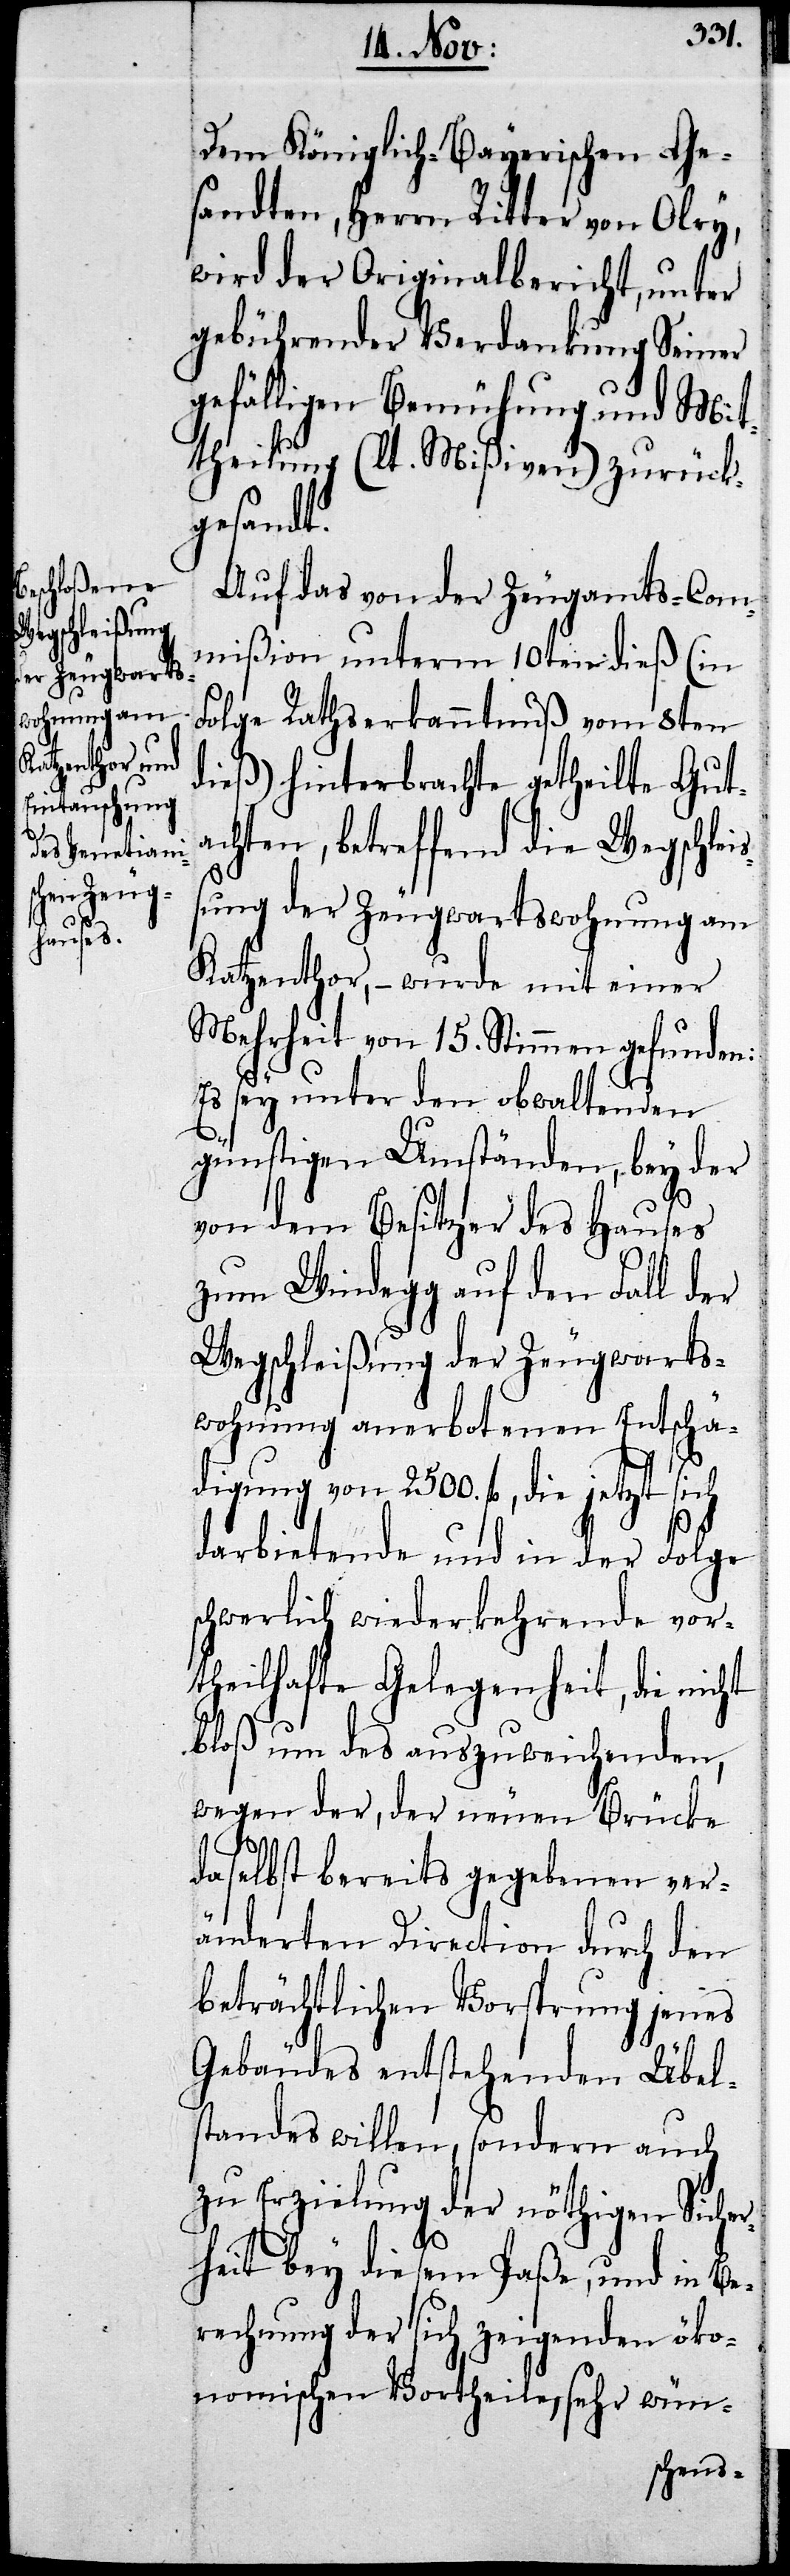
Dem Königlich-Bayerischen Ge¬
sandten, Herrn Ritter von Olry,
wird der Originalbericht, unter
gebührender Verdankung Seiner
gefälligen Bemühung und Mit¬
theilung (lt. Mißiven) zurück¬
gesandt.
Auf das von der Zeugamts-Com¬
mißion unterm 10ten dieß (in
Folge Rathserkanntnuß vom 8ten
dieß) hinterbrachte getheilte Gut¬
achten, betreffend die Wegschlei¬
ßung der Zeugwartswohnung am
Katzenthor, – wurde mit einer
Mehrheit von 15. Stimmen gefunden:
Es sey unter den obwaltenden
günstigen Umständen, bey der
von dem Besitzer des Hauses
zum Windegg auf den Fall der
Wegschleißung der Zeugwarts¬
wohnung anerbotenen Entschä¬
digung von 2500. fl., die jetzt sich
darbietende und in der Folge
schwerlich wiederkehrende vor¬
theilhafte Gelegenheit, die nicht
bloß um des auszuweichenden,
wegen der, der neuen Brücke
daselbst bereits gegebenen ver¬
änderten Direction durch den
beträchtlichen Vorsprung jenes
Gebäudes entstehenden Übel¬
standes willen, sondern auch
zu Erzielung der nöthigen Sicher¬
heit bey diesem Paße, und in Be¬
rechnung der sich zeigenden öko¬
nomischen Vortheile, sehr wün-